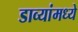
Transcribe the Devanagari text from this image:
डाव्यांमध्ये